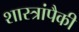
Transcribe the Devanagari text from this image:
शास्त्रांपैकी